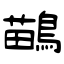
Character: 鶓